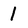
Character: 1